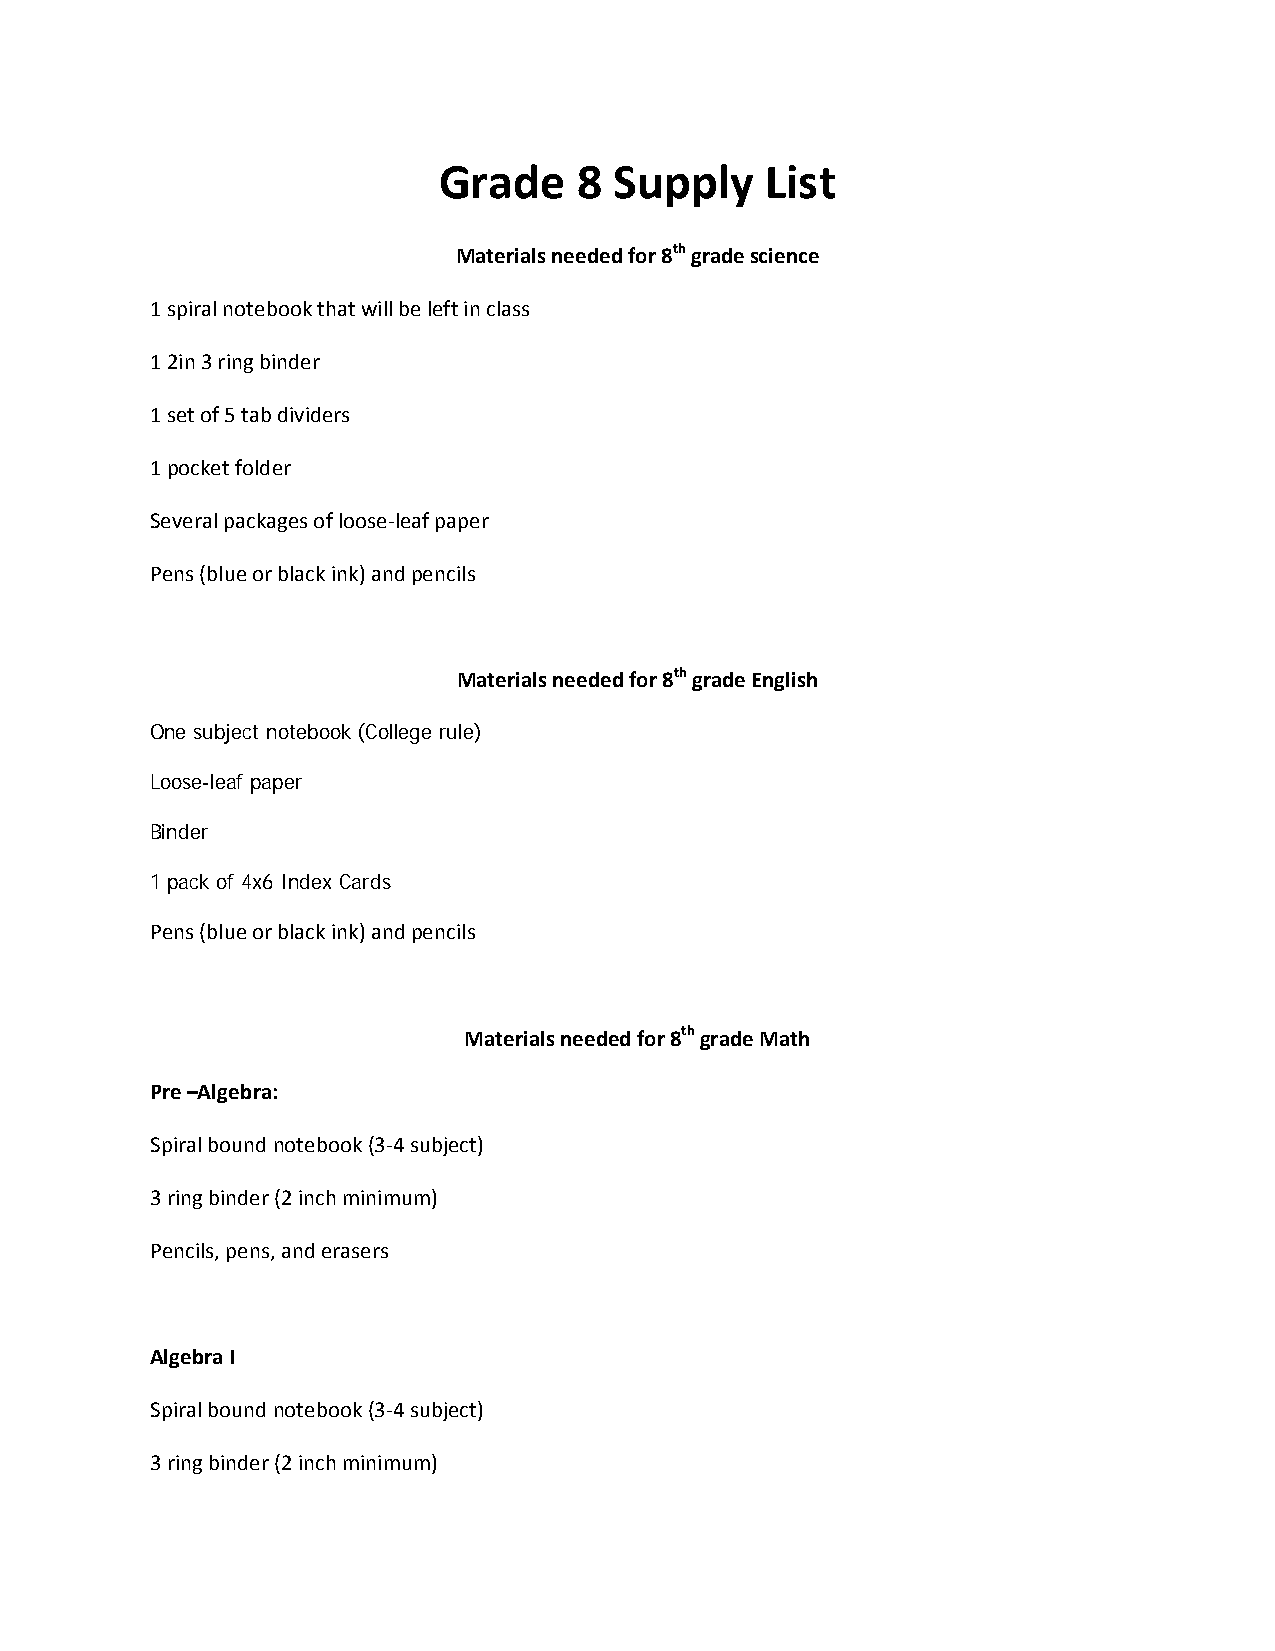
Grade    8  Supply    List
 Materials needed for 8th grade science
 1 spiral notebook that will be left in class
 1 2in 3 ring binder
 1 set of 5 tab dividers
 1 pocket folder
 Several packages of loose‐leaf paper
 Pens (blue or black ink) and pencils
 Materials needed for 8th grade English
 One subject notebook (College rule)
 Loose-leaf paper
 Binder
 1 pack of 4x6 Index Cards
 Pens (blue or black ink) and pencils
 Materials needed for 8th grade Math
 Pre –Algebra:
 Spiral bound notebook (3‐4 subject)
 3 ring binder (2 inch minimum)
 Pencils, pens, and erasers
 Algebra I
 Spiral bound notebook (3‐4 subject)
 3 ring binder (2 inch minimum)